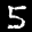
Label: 5